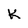
Character: K